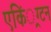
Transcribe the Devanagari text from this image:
एकिं्रग्टन